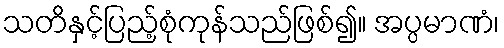
သတိနှင့်ပြည့်စုံကုန်သည်ဖြစ်၍။ အပ္ပမာဏံ၊